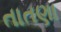
તાતણા